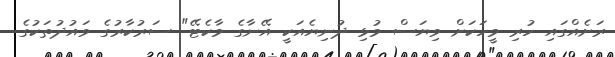
ރަށެއްގައި ހުރި މީހަކަށް ވިޔަސް މުޅި ދުނިޔެއަކީ އޭނާގެ މާކެޓޭ" ސަރުކާރުގެ ވައުދުތަކުގެ